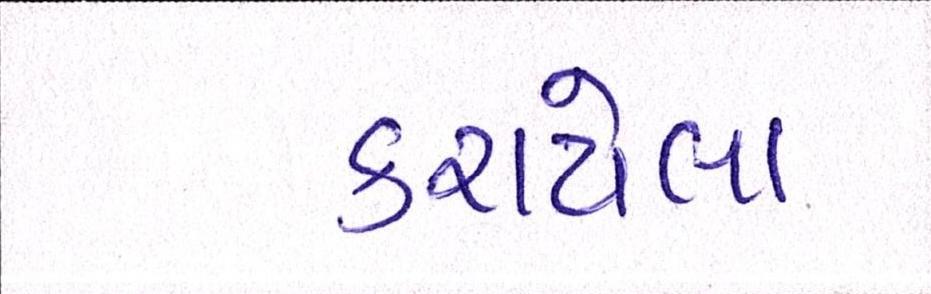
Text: કરાયેલા